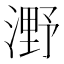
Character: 𣼫